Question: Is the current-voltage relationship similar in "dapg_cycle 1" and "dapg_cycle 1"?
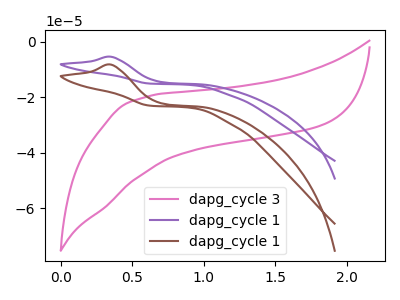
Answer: <think>The pink curve "dapg_cycle 3" has no peaks. The purple curve "dapg_cycle 1" has an anodic peak at: (0.35V, -5.35uA). The brown curve "dapg_cycle 1" has an anodic peak at: (0.35V, -8.20uA).
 All the peaks in "dapg_cycle 1" have a peak in "dapg_cycle 1" at the same potential. Every peak in "dapg_cycle 1" is lower than every peak in "dapg_cycle 1".</think>
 <answer>"dapg_cycle 1" and "dapg_cycle 1" are similar in shape.</answer>
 <eval>same_shape</eval>